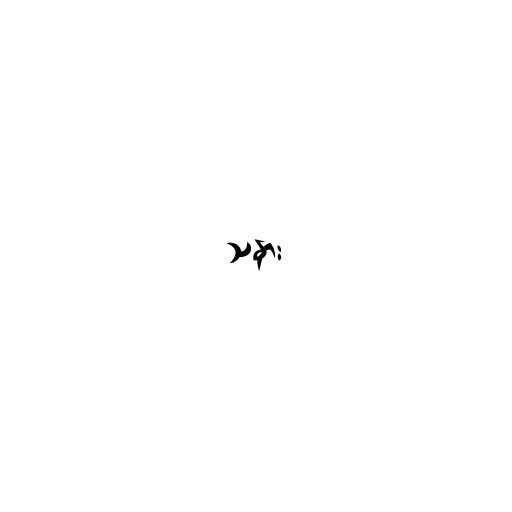
သနား